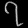
Digit: ၇